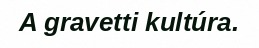
A gravetti kultúra.